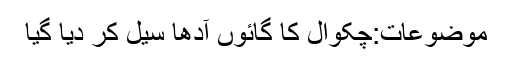
موضوعات:چکوال کا گائوں آدھا سیل کر دیا گیا